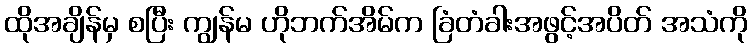
ထိုအချိန်မှ စပြီး ကျွန်မ ဟိုဘက်အိမ်က ခြံတံခါးအဖွင့်အပိတ် အသံကို